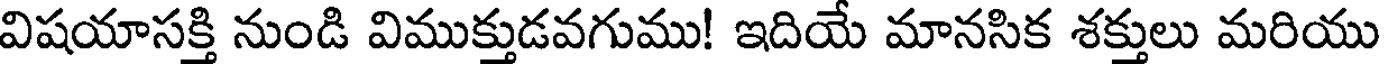
విషయాసక్తి నుండి విముక్తుడవగుము! ఇదియే మానసిక శక్తులు మరియు